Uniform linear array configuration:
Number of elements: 24
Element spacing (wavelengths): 0.5
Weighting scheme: blackman
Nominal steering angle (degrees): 45
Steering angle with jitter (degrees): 43.224
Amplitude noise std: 0.05
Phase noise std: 0.05

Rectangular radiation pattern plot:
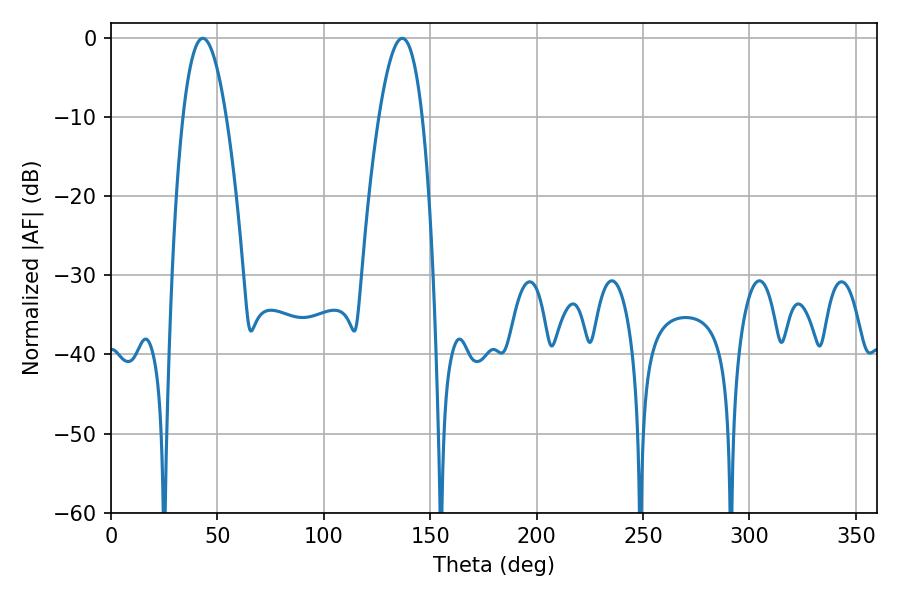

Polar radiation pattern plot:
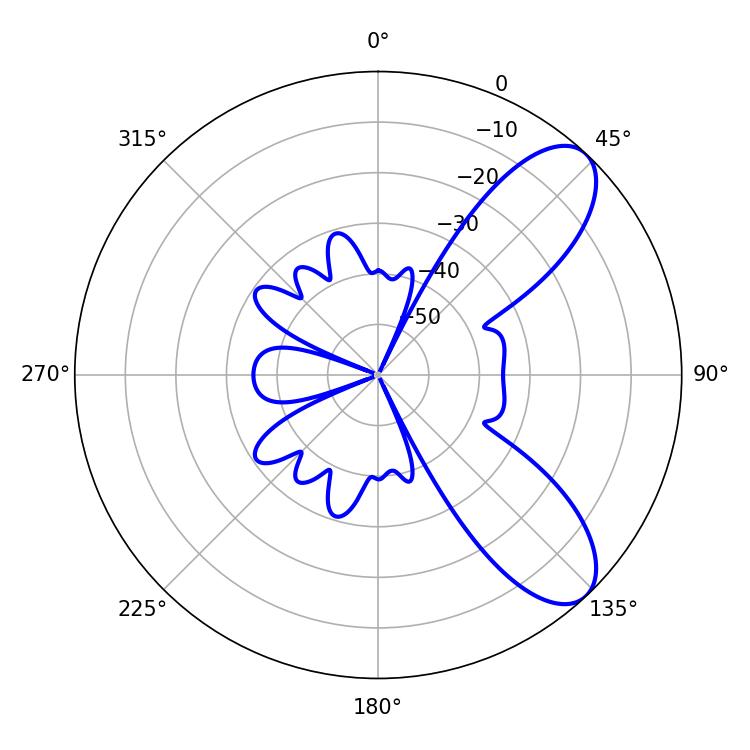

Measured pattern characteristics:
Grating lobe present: FALSE
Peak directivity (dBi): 8.423
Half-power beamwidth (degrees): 11.16
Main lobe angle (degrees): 43.2